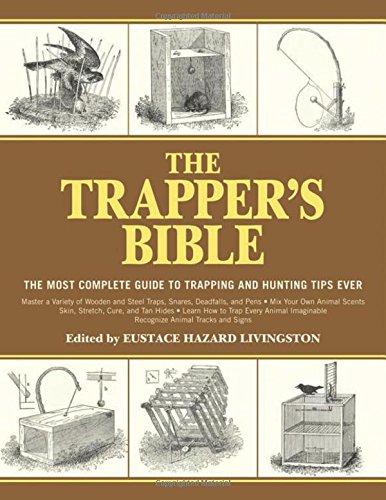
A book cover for The Trapper's Bible: The Most Complete Guide on Trapping and Hunting Tips Ever; Sports & Outdoors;